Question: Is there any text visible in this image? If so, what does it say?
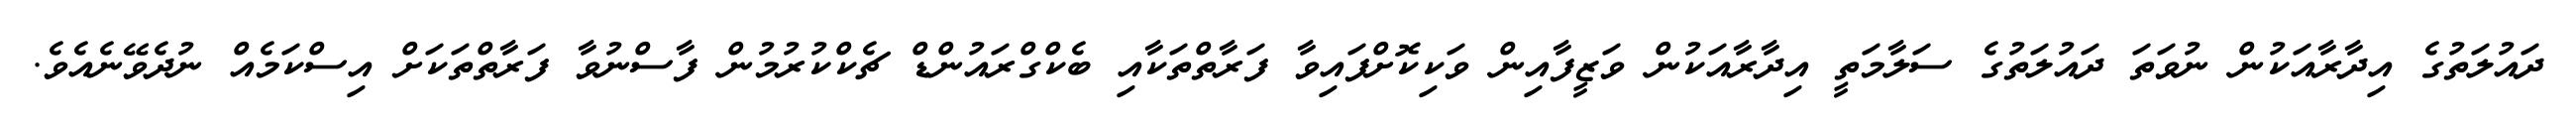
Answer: ދައުލަތުގެ އިދާރާއަކުން ނުވަތަ ދައުލަތުގެ ސަލާމަތީ އިދާރާއަކުން ވަޒީފާއިން ވަކިކޮށްފައިވާ ފަރާތްތަކާއި ބެކްގްރައުންޑް ޗެކްކުރުމުން ފާސްނުވާ ފަރާތްތަކަށް އިސްކަމެއް ނުދެވޭނެއެވެ.